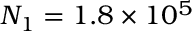
N _ { 1 } = 1 . 8 \times 1 0 ^ { 5 }